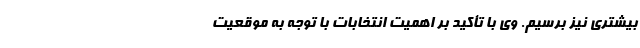
بیشتری نیز برسیم. وی با تأکید بر اهمیت انتخابات با توجه به موقعیت